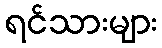
ရင်သားများ